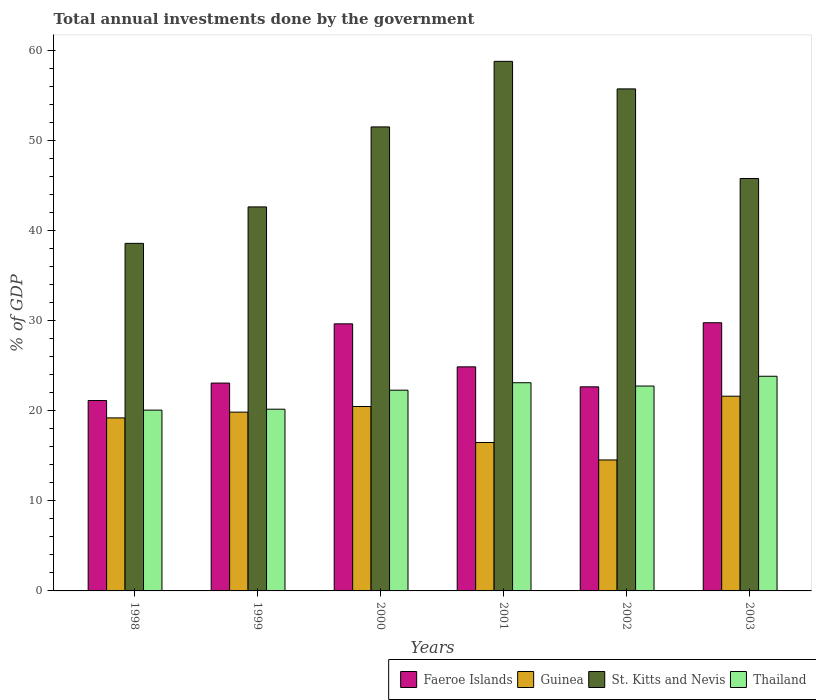
| Years | Faeroe Islands | Guinea | St. Kitts and Nevis | Thailand |
 | --- | --- | --- | --- | --- |
 | 1998 | 21.1 | 19.2 | 38.6 | 20.1 |
 | 1999 | 23.1 | 19.8 | 42.6 | 20.2 |
 | 2000 | 29.6 | 20.5 | 51.5 | 22.3 |
 | 2001 | 24.9 | 16.5 | 58.8 | 23.1 |
 | 2002 | 22.7 | 14.5 | 55.7 | 22.7 |
 | 2003 | 29.8 | 21.6 | 45.8 | 23.8 |